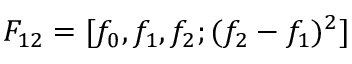
F _ { 1 2 } = [ f _ { 0 } , f _ { 1 } , f _ { 2 } ; ( f _ { 2 } - f _ { 1 } ) ^ { 2 } ]